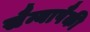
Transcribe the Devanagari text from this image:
सैन्यापैकी